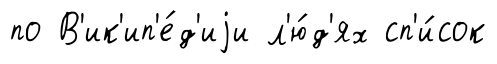
по В'ик'ип'е́д'иjи л'ю́д'ях сп'и́сок